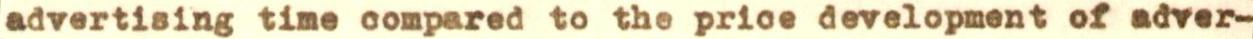
advertising time compared to the price development of adver-